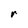
Character: r